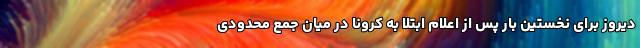
دیروز برای نخستین بار پس از اعلام ابتلا به کرونا در میان جمع محدودی